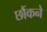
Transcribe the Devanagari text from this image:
छौंकने